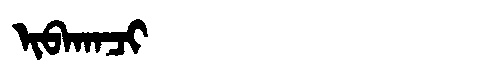
Manchu: ᡳᠪᠠᡴᠠᠴᡳ
Romanization: IBAKACI